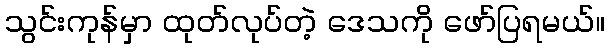
သွင်းကုန်မှာ ထုတ်လုပ်တဲ့ ဒေသကို ဖော်ပြရမယ်။